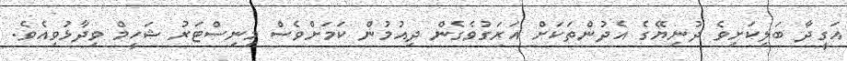
އަގީދާ ބަލިކަށިވެ ދުނިޔޭގެ އެދުންތަކަށް އަރަގުވެގެން ދިއުމުން ކަމަށްވެސް މިނިސްޓަރު ޝަހީމް ވިދާޅުވިއެވެ.